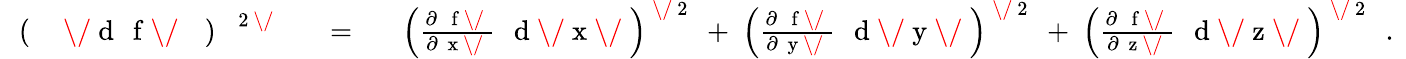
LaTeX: \begin{array}{rlr}{\mathrm{~\, ~(~\, ~}\mathrm{~\mathit~\/ ~d~\, ~f~\/ ~}\mathrm{~\, ~)~}^{\mathrm{~\, ~2~\/ ~}}}&{{}\mathrm{~\ =~\ }}&{\left({\frac{\partial\, \mathrm{~\mathit~f~\/ ~}}{\partial\mathrm{~\mathit~x~\/ ~}}}\, \mathrm{~\mathit~d~\/ ~x~\/ ~}\right)^{\mathrm{~\/ ~2~}}\mathrm{~+~}\left({\frac{\partial\, \mathrm{~\mathit~f~\/ ~}}{\partial\mathrm{~\mathit~y~\/ ~}}}\, \mathrm{~\mathit~d~\/ ~y~\/ ~}\right)^{\mathrm{~\/ ~2~}}\mathrm{~+~}\left({\frac{\partial\, \mathrm{~\mathit~f~\/ ~}}{\partial\mathrm{~\mathit~z~\/ ~}}}\, \mathrm{~\mathit~d~\/ ~z~\/ ~}\right)^{\mathrm{~\/ ~2~}}\mathrm{~\ .~}}\end{array}